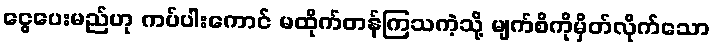
ငွေပေးမည်ဟု ကပ်ပါးကောင် မထိုက်တန်ကြသကဲ့သို့ မျက်စိကိုမှိတ်လိုက်သော